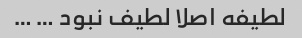
لطیفه اصلا لطیف نبود … …